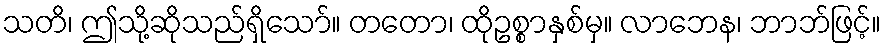
သတိ၊ ဤသို့ဆိုသည်ရှိသော်။ တတော၊ ထိုဥစ္စာနှစ်မှ။ လာဘေန၊ ဘာဘ်ဖြင့်။